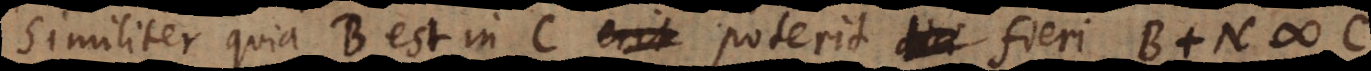
Similiter quia B est in C erit poterit dici fieri B +